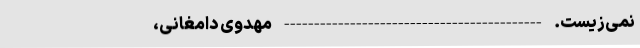
نمی‌زیست. ------------------------------------------- مهدوی دامغانی،